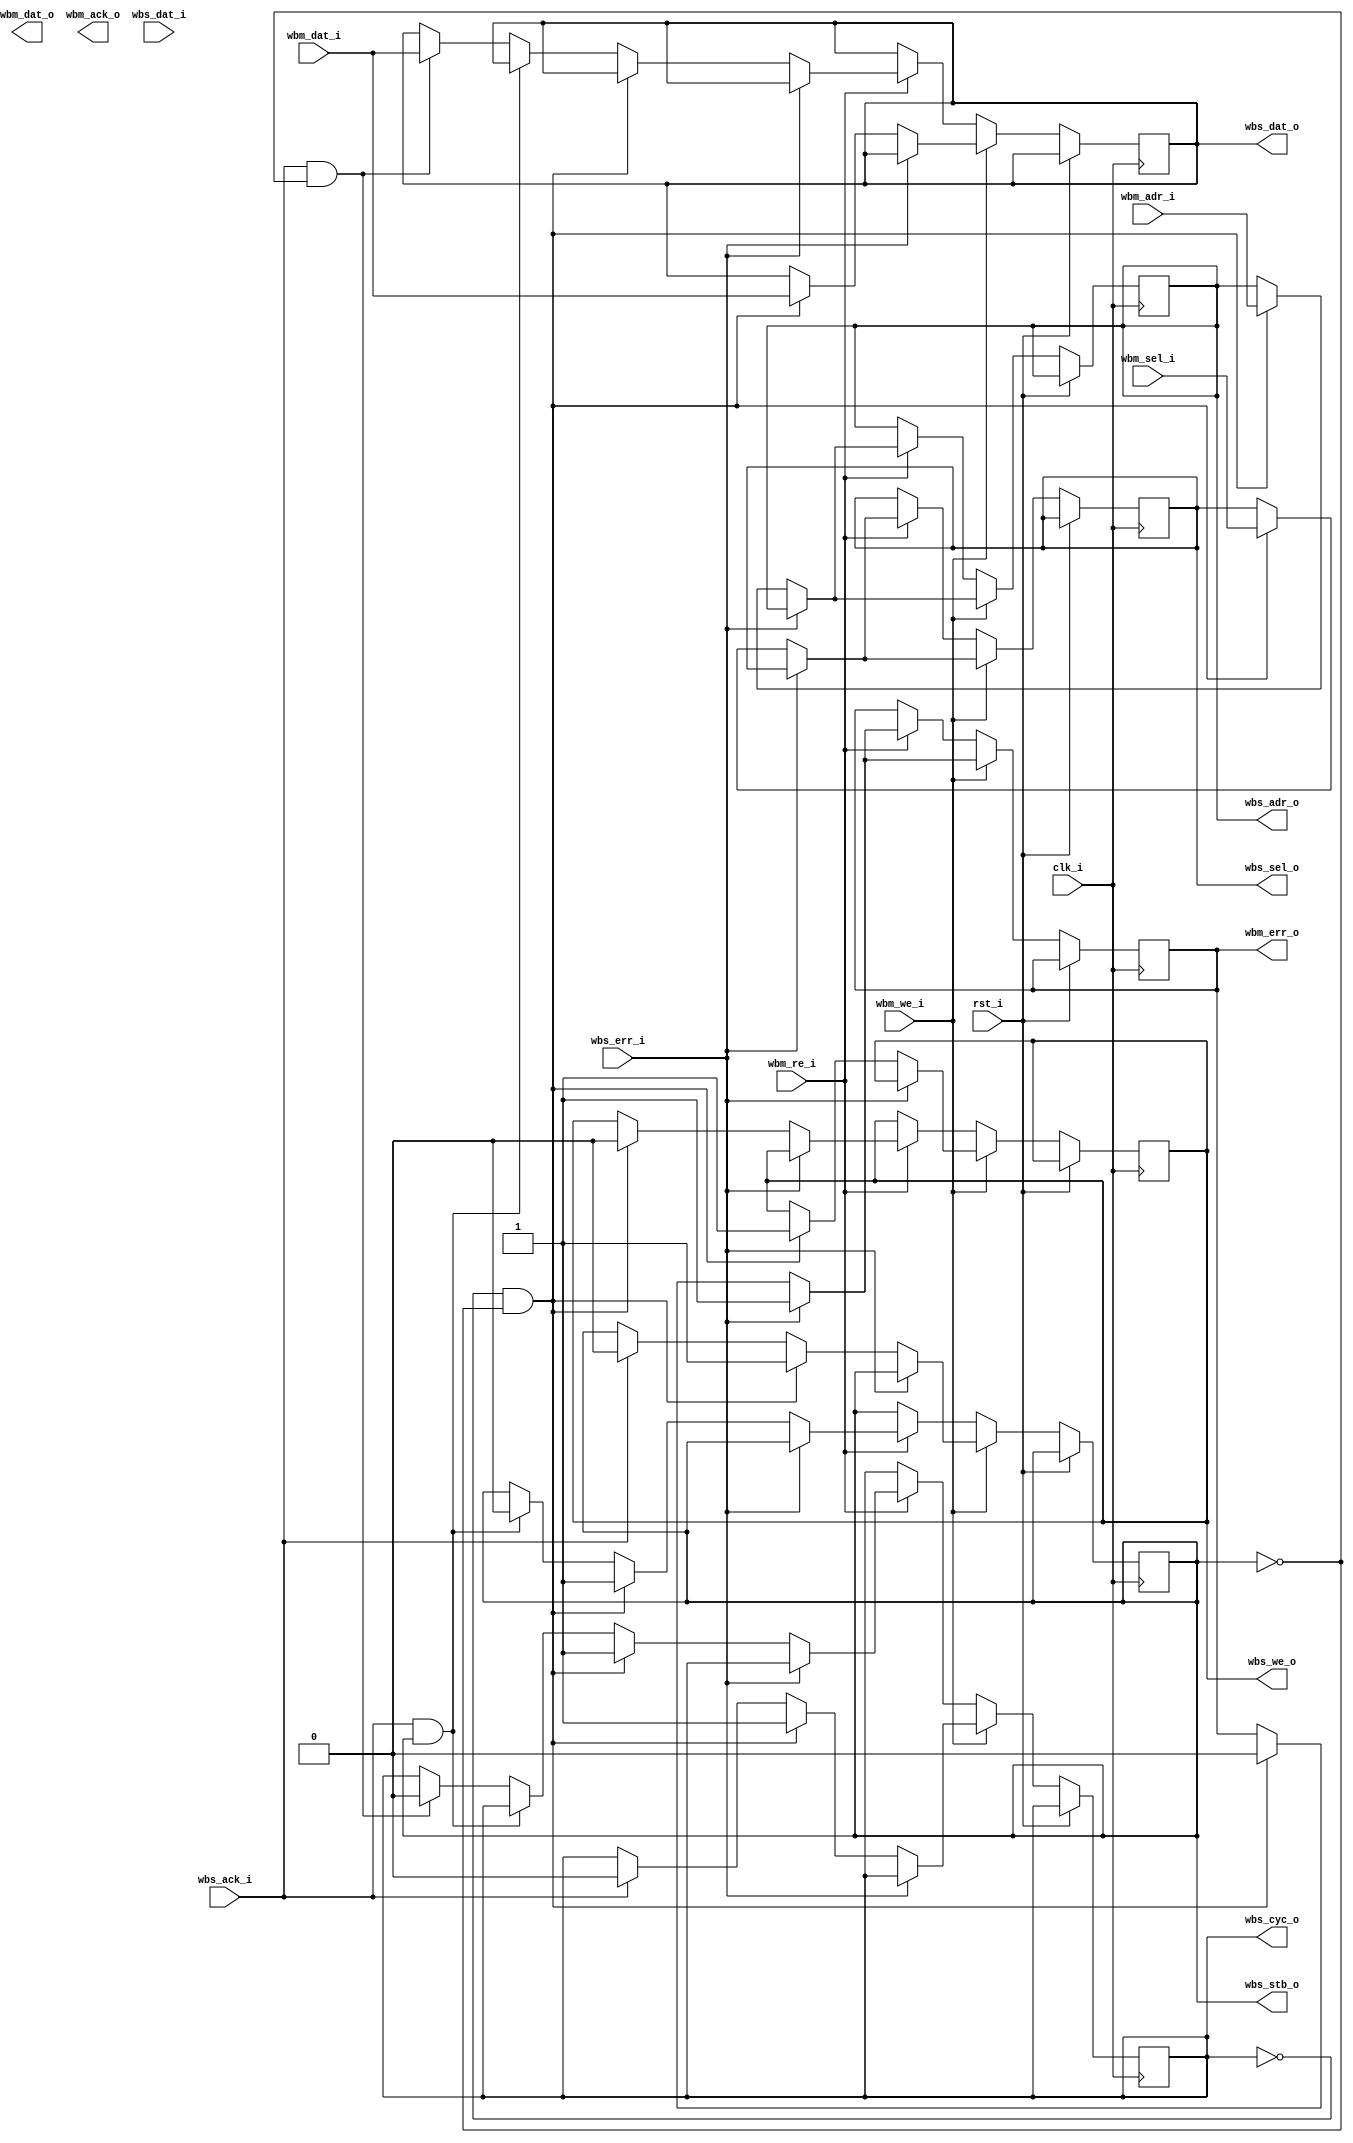
/*
 Original Contributor : Luis Ruiz
 
 Oscar Moreno
 
 
 wbs -> corresponds to wishbone slave
 wbm -> corresponds to wishbone master
*/

module Wishbone(clk_i, rst_i, wbm_dat_i, wbm_sel_i, wbm_adr_i, wbm_we_i, wbm_re_i, wbm_dat_o, wbm_ack_o, wbm_err_o,  
wbs_dat_i, wbs_ack_i, wbs_err_i, wbs_cyc_o, wbs_stb_o, wbs_adr_o, wbs_dat_o, wbs_sel_o, wbs_we_o);

	input wire clk_i;// Common with other stages
	input wire rst_i;
	
	input wire [31:0] wbm_dat_i; // Pipeline Communication
	input wire [3:0] wbm_sel_i;    
	input wire [31:0] wbm_adr_i;
	
	input wire wbm_we_i;
	input wire wbm_re_i;
	
	output reg [31:0] wbm_dat_o;
	output reg wbm_ack_o;
	output reg wbm_err_o;

	
	input wire [31:0] wbs_dat_i; //Memory Communication
	input wire wbs_ack_i;        //Acknowledge
	input wire wbs_err_i;        // Error signal. Named following convention.
	
	output reg wbs_cyc_o;
	output reg wbs_stb_o;
	
	output reg [31:0] wbs_adr_o;
	output reg [31:0] wbs_dat_o;
	output reg [3:0] wbs_sel_o;
	output reg wbs_we_o;
	

	always @(posedge clk_i) begin
		if (rst_i) begin

		end else begin
			if(wbm_we_i) begin
			
				if(wbs_err_i) begin
					wbm_err_o <= wbs_err_i;
				end 
				else 
					if(!wbs_cyc_o && !wbs_stb_o) begin //Make sure there is no Bus Cycle in progress.
								wbm_err_o <= wbs_err_i;
								wbs_adr_o <= wbm_adr_i;
								wbs_dat_o <= wbm_dat_i;
								wbs_we_o <= wbm_we_i;
								wbs_sel_o <= wbm_sel_i;
								wbs_cyc_o <= 1;   //Assert 
								wbs_stb_o <= 1;
						end 
						
					else 
						if(wbs_ack_i) begin
							wbs_cyc_o <= 0;
							wbs_stb_o <= 0;
							end
							
			end 
			else

				if(wbm_re_i) begin
					if(wbs_err_i) begin
						wbm_err_o <= wbs_err_i;
					end 
					else 
					
						if(!wbs_cyc_o && !wbs_stb_o) begin
							wbm_err_o <= wbs_err_i;
							wbs_adr_o <= wbm_adr_i;
							wbs_we_o <= 0;
							wbs_sel_o <= wbm_sel_i;
							wbs_cyc_o <= 1;
							wbs_stb_o <= 1;
						end else 
						
							if(wbs_ack_i && wbs_stb_o) begin
								wbs_stb_o <= 0;
							end else if(wbs_ack_i && !wbs_stb_o) begin
								wbs_cyc_o <= 0;
								wbs_dat_o <= wbm_dat_i;
							end
				end

				end

	end
endmodule